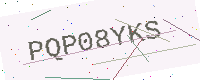
Text: PQP08YKS